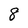
Character: 8